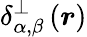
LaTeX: \delta_{\alpha,\beta}^{\perp}\left(\boldsymbol r\right)